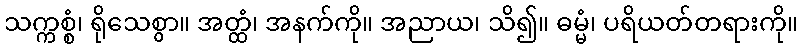
သက္ကစ္စံ၊ ရိုသေစွာ။ အတ္ထံ၊ အနက်ကို။ အညာယ၊ သိ၍။ ဓမ္မံ၊ ပရိယတ်တရားကို။